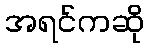
အရင်ကဆို